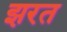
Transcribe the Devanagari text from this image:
झरत